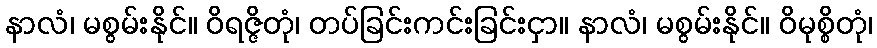
နာလံ၊ မစွမ်းနိုင်။ ဝိရဇ္ဇိတုံ၊ တပ်ခြင်းကင်းခြင်းငှာ။ နာလံ၊ မစွမ်းနိုင်။ ဝိမုစ္စိတုံ၊